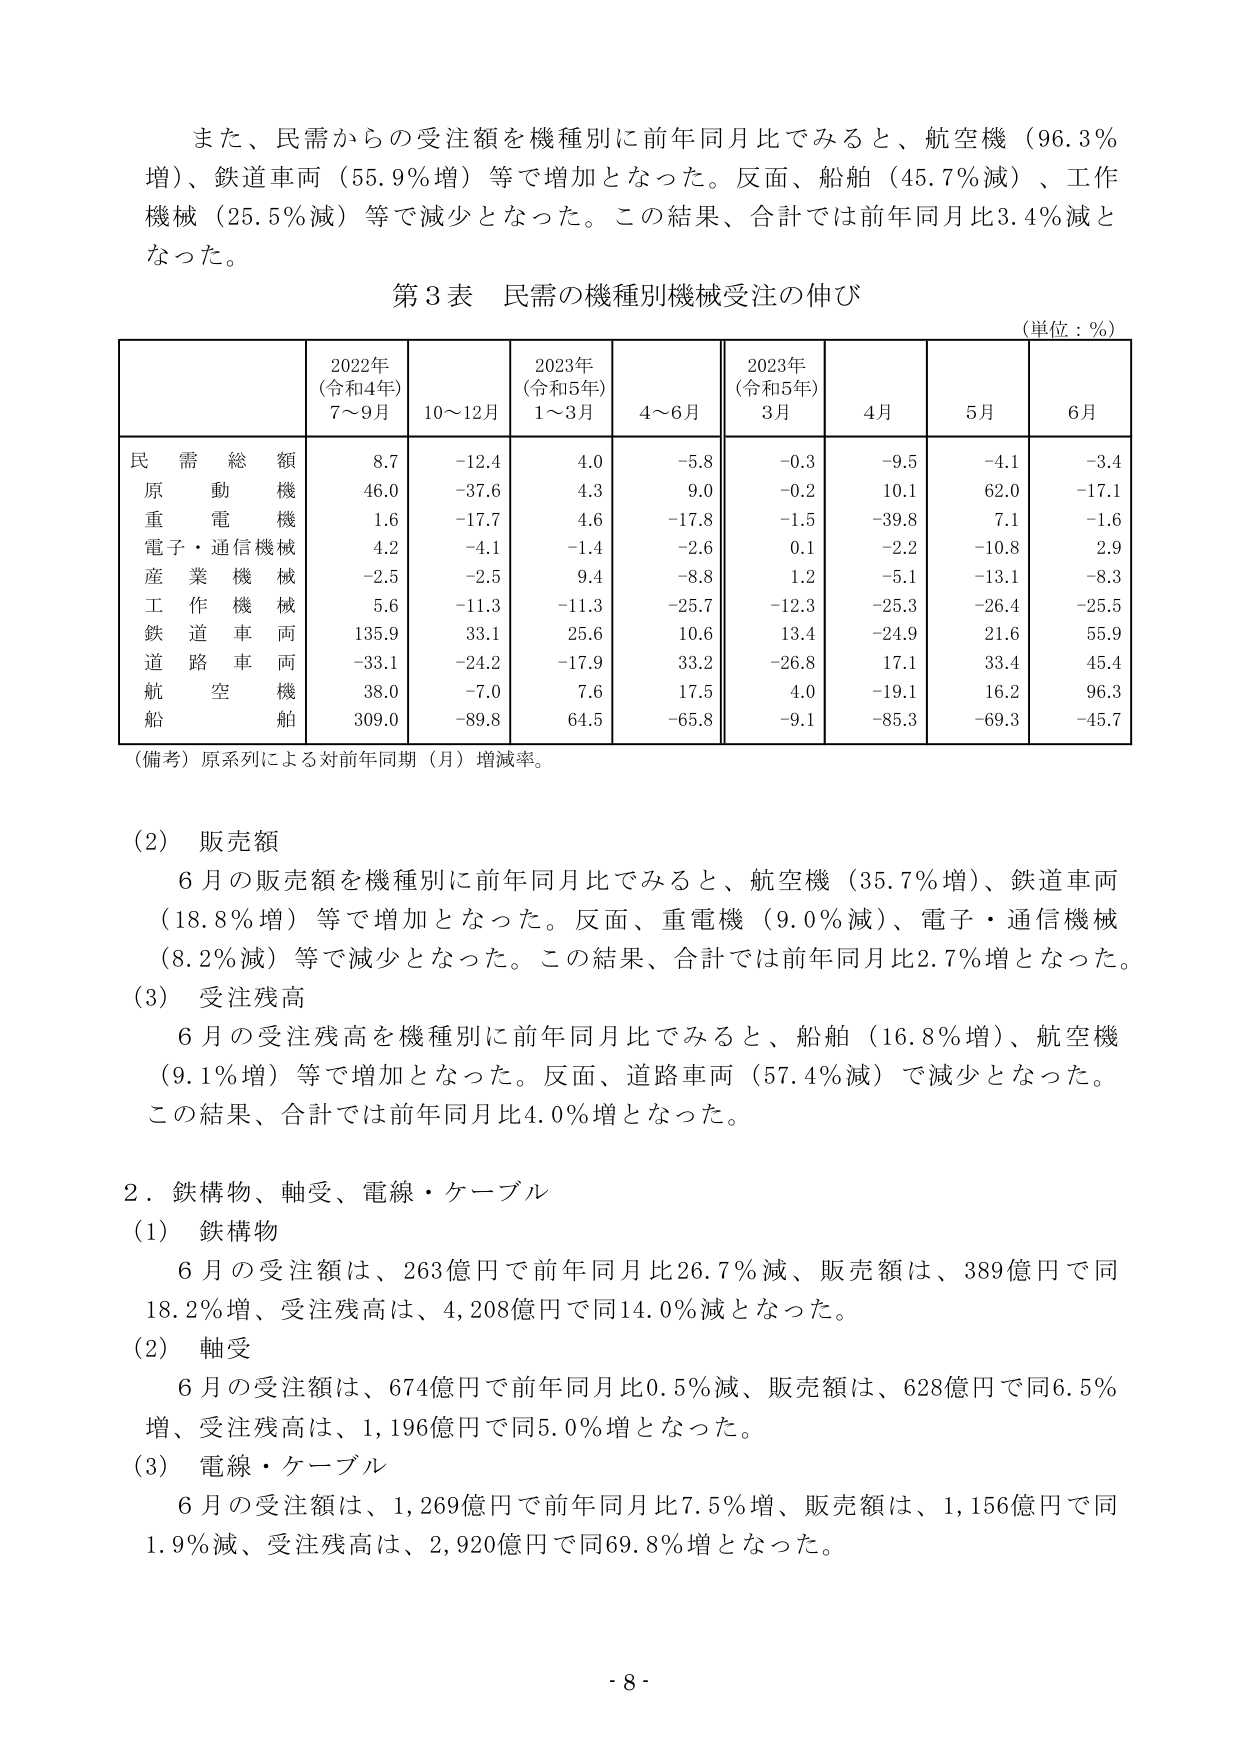
また、民需からの受注額を機種別に前年同月比でみると、航空機（96.3％増）、鉄道車両（55.9％増）等で増加となった。反面、船舶（45.7％減）、工作機械（25.5％減）等で減少となった。この結果、合計では前年同月比3.4％減となった。

第3表 民需の機種別機械受注の伸び
（単位：％）

| | 2022年（令和4年）7～9月 | 10～12月 | 2023年（令和5年）1～3月 | 4～6月 | 2023年（令和5年）3月 | 4月 | 5月 | 6月 |
|---|---|---|---|---|---|---|---|---|
| 民需総額 | 8.7 | -12.4 | 4.0 | -5.8 | -0.3 | -9.5 | -4.1 | -3.4 |
| 原動機 | 46.0 | -37.6 | 4.3 | 9.0 | -0.2 | 10.1 | 62.0 | -17.1 |
| 重電機械 | 1.6 | -17.7 | 4.6 | -17.8 | -1.5 | -39.8 | 7.1 | -1.6 |
| 電子・通信機械 | 4.2 | -4.1 | -1.4 | -2.6 | 0.1 | -2.2 | -10.8 | 2.9 |
| 産業機械 | -2.5 | -2.5 | 9.4 | -8.8 | 1.2 | -5.1 | -13.1 | -8.3 |
| 工作機械 | 5.6 | -11.3 | -11.3 | -25.7 | -12.3 | -25.3 | -26.4 | -25.5 |
| 鉄道車両 | 135.9 | 33.1 | 25.6 | 10.6 | 13.4 | -24.9 | 21.6 | 55.9 |
| 道路車両 | -33.1 | -24.2 | -17.9 | 33.2 | -26.8 | 17.1 | 33.4 | 45.4 |
| 航空機 | 38.0 | -7.0 | 7.6 | 17.5 | 4.0 | -19.1 | 16.2 | 96.3 |
| 船舶 | 309.0 | -89.8 | 64.5 | -65.8 | -9.1 | -85.3 | -69.3 | -45.7 |

（備考）原系列による対前年同期（月）増減率。

（2）販売額
6月の販売額を機種別に前年同月比でみると、航空機（35.7％増）、鉄道車両（18.8％増）等で増加となった。反面、重電機（9.0％減）、電子・通信機械（8.2％減）等で減少となった。この結果、合計では前年同月比2.7％増となった。

（3）受注残高
6月の受注残高を機種別に前年同月比でみると、船舶（16.8％増）、航空機（9.1％増）等で増加となった。反面、道路車両（57.4％減）で減少となった。この結果、合計では前年同月比4.0％増となった。

2．鉄構物、軸受、電線・ケーブル
（1）鉄構物
6月の受注額は、263億円で前年同月比26.7％減、販売額は、389億円で同18.2％増、受注残高は、4,208億円で同14.0％減となった。

（2）軸受
6月の受注額は、674億円で前年同月比0.5％減、販売額は、628億円で同6.5％増、受注残高は、1,196億円で同5.0％増となった。

（3）電線・ケーブル
6月の受注額は、1,269億円で前年同月比7.5％増、販売額は、1,156億円で同1.9％減、受注残高は、2,920億円で同69.8％増となった。

- 8 -